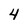
Character: 4